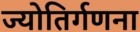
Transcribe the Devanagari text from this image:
ज्योतिर्गणना